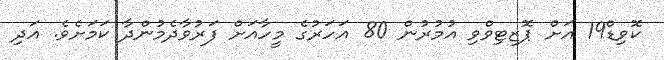
ކޮވިޑް19 އަށް ޕޮޒިޓިވްވި އުމުރުން 80 އަހަރުގެ މީހާއަށް ފަރުވާދެމުންދާ ކަމަށެވެ. އަދި